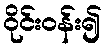
ဝိုင်းဝန်း၍